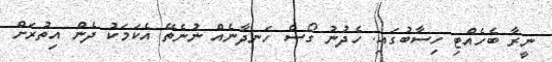
ނީރާ ބެހެއްޓި ހިސާބުގައި. ހެދުނު ގޯސް ހަނދާނެއް ނުނެތޭ އެކަމަކު ދެން އިތުރަށް